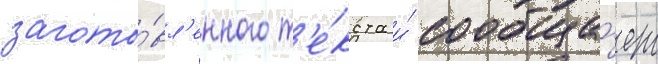
загото́вл'енного т'е́кста и́ сообща́ет